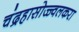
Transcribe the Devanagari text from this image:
चंद्रहासोज्ज्वलकरा